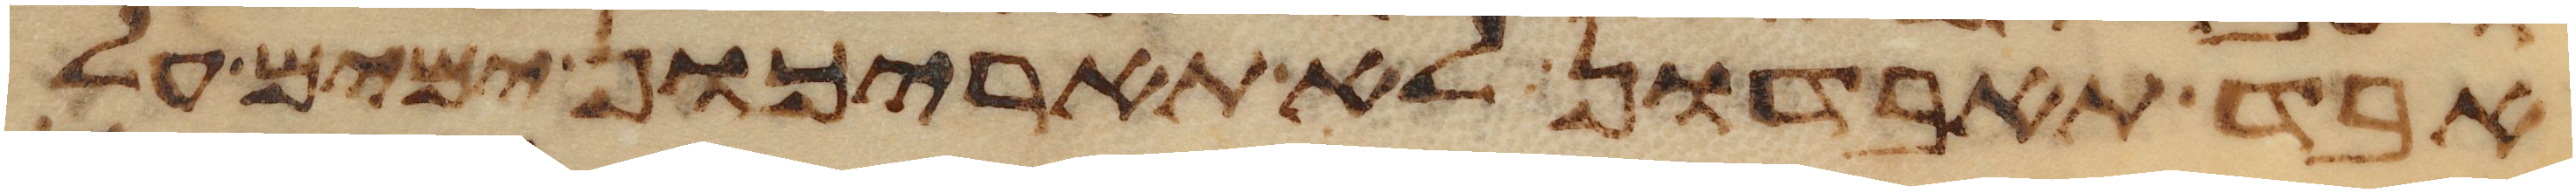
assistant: אבד תאבדון לא תאריכון ימים על